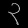
Digit: ၃